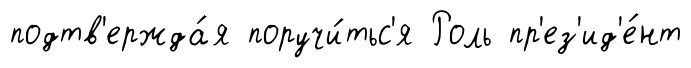
подтв'ержда́я поручи́тьс'я Роль пр'ез'ид'е́нт